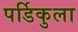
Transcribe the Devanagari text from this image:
पर्डिकुला